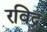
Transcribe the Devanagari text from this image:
रविद्र